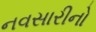
નવસારીનો